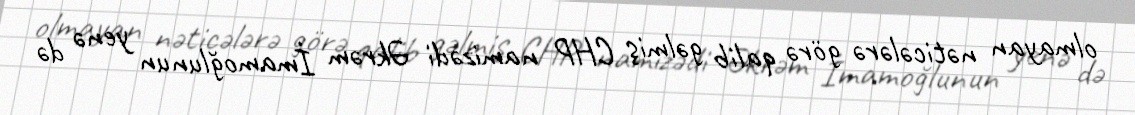
olmayan nəticələrə görə qalib gəlmiş CHP namizədi Əkrəm İmamoğlunun yenə də